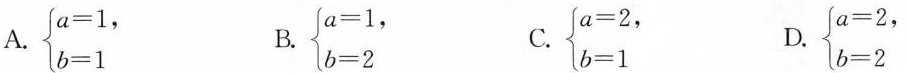
A. \left\{ \begin{matrix} $$a = 1$$, \\ $$b = 1$$ \\ \end{matrix} \right. B. \left\{ \begin{matrix} $$a = 1$$, \\ $$b = 2$$ \\ \end{matrix} \right. C. \left\{ \begin{matrix} $$a = 2$$, \\ $$b = 1$$ \\ \end{matrix} \right. D. \left\{ \begin{matrix} $$a = 2$$, \\ $$b = 2$$ \\ \end{matrix} \right.